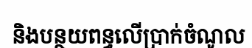
និងបន្ថយពន្ធលើប្រាក់ចំណូល